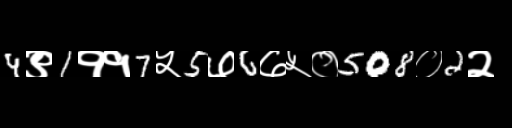
Text: 4९1११7५5७6७५०508०2२